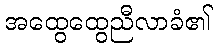
အထွေထွေညီလာခံ၏